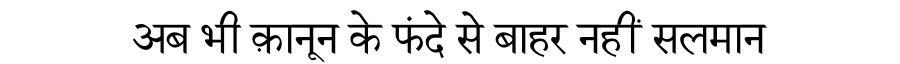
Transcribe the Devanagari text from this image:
अब भी क़ानून के फंदे से बाहर नहीं सलमान